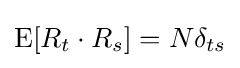
{\text{E}}[R_{t}\cdot R_{s}]=N\delta _{ts}